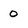
Character: 0